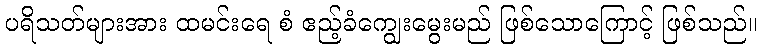
ပရိသတ်များအား ထမင်းရေ စံ ဧည့်ခံကျွေးမွေးမည် ဖြစ်သောကြောင့် ဖြစ်သည်။